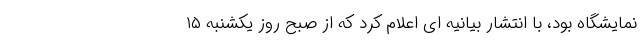
نمایشگاه بود، با انتشار بیانیه ای اعلام کرد که از صبح روز یکشنبه ۱۵